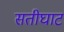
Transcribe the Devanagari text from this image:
सतीघाट